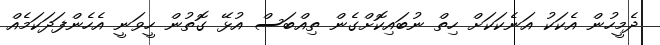
ދެމީހުން އެކަކު އަނެކަކަށް ހިތް ނުބައިކޮށްގެން ތިއްބަސް އުޅޭ ގޮތުން ހީވަނީ އެހެންފަދަކަމެއް